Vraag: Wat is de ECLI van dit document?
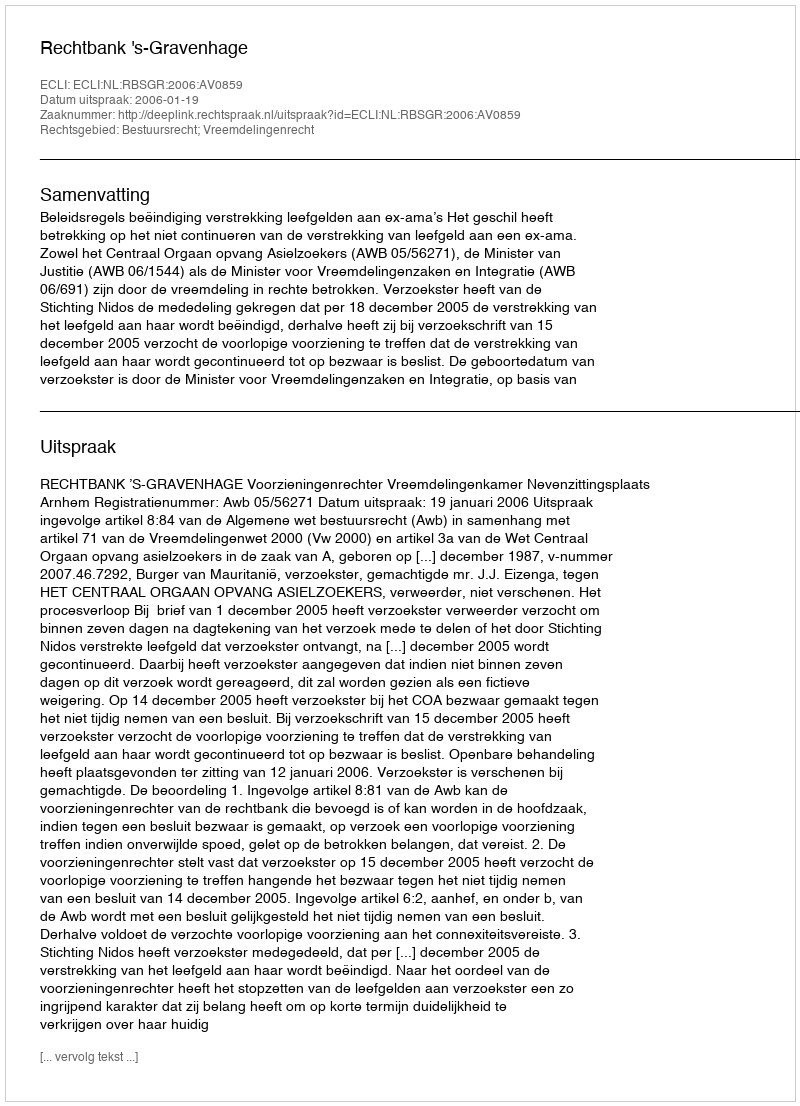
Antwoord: ECLI:NL:RBSGR:2006:AV0859